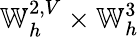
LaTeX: \mathbb{W}_{h}^{2,V}\times\mathbb{W}_{h}^{3}